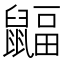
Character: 𪕲